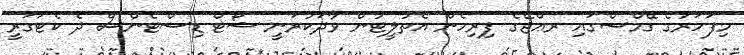
މިފަހަރުގެ ގޭމްސްގައި ރޢްޖޭގެ ފިރިހެން އެތުލީޓުން ވާދަކުރަނީ ޝޯޓް ޑިސްޓެންސް ދެ ކެޓަގަރީ